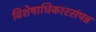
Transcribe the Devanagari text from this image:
विशेषाधिकारसंपन्न